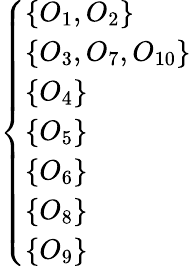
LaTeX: \left\{ \begin{array}{ll}{\{ O_{1},O_{2}\} }\\ {\{ O_{3},O_{7},O_{10}\} }\\ {\{ O_{4}\} }\\ {\{ O_{5}\} }\\ {\{ O_{6}\} }\\ {\{ O_{8}\} }\\ {\{ O_{9}\} }\end{array}\right.